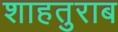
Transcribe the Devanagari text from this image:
शाहतुराब